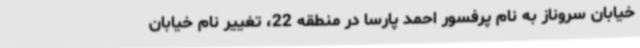
خیابان سروناز به نام پرفسور احمد پارسا در منطقه 22، تغییر نام خیابان